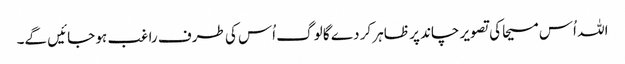
اللہ اُس مسیحا کی تصویر چاند پر ظاہر کر دے گا لوگ اُس کی طرف راغب ہو جائیں گے۔